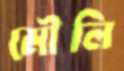
মৌলি